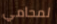
لمحامي